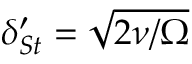
\delta _ { S t } ^ { \prime } = \sqrt { 2 \nu / \Omega }